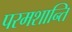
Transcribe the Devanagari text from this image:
परमशान्ति